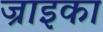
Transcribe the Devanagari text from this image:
ज्राइका